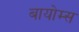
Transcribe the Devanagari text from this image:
बायोम्स